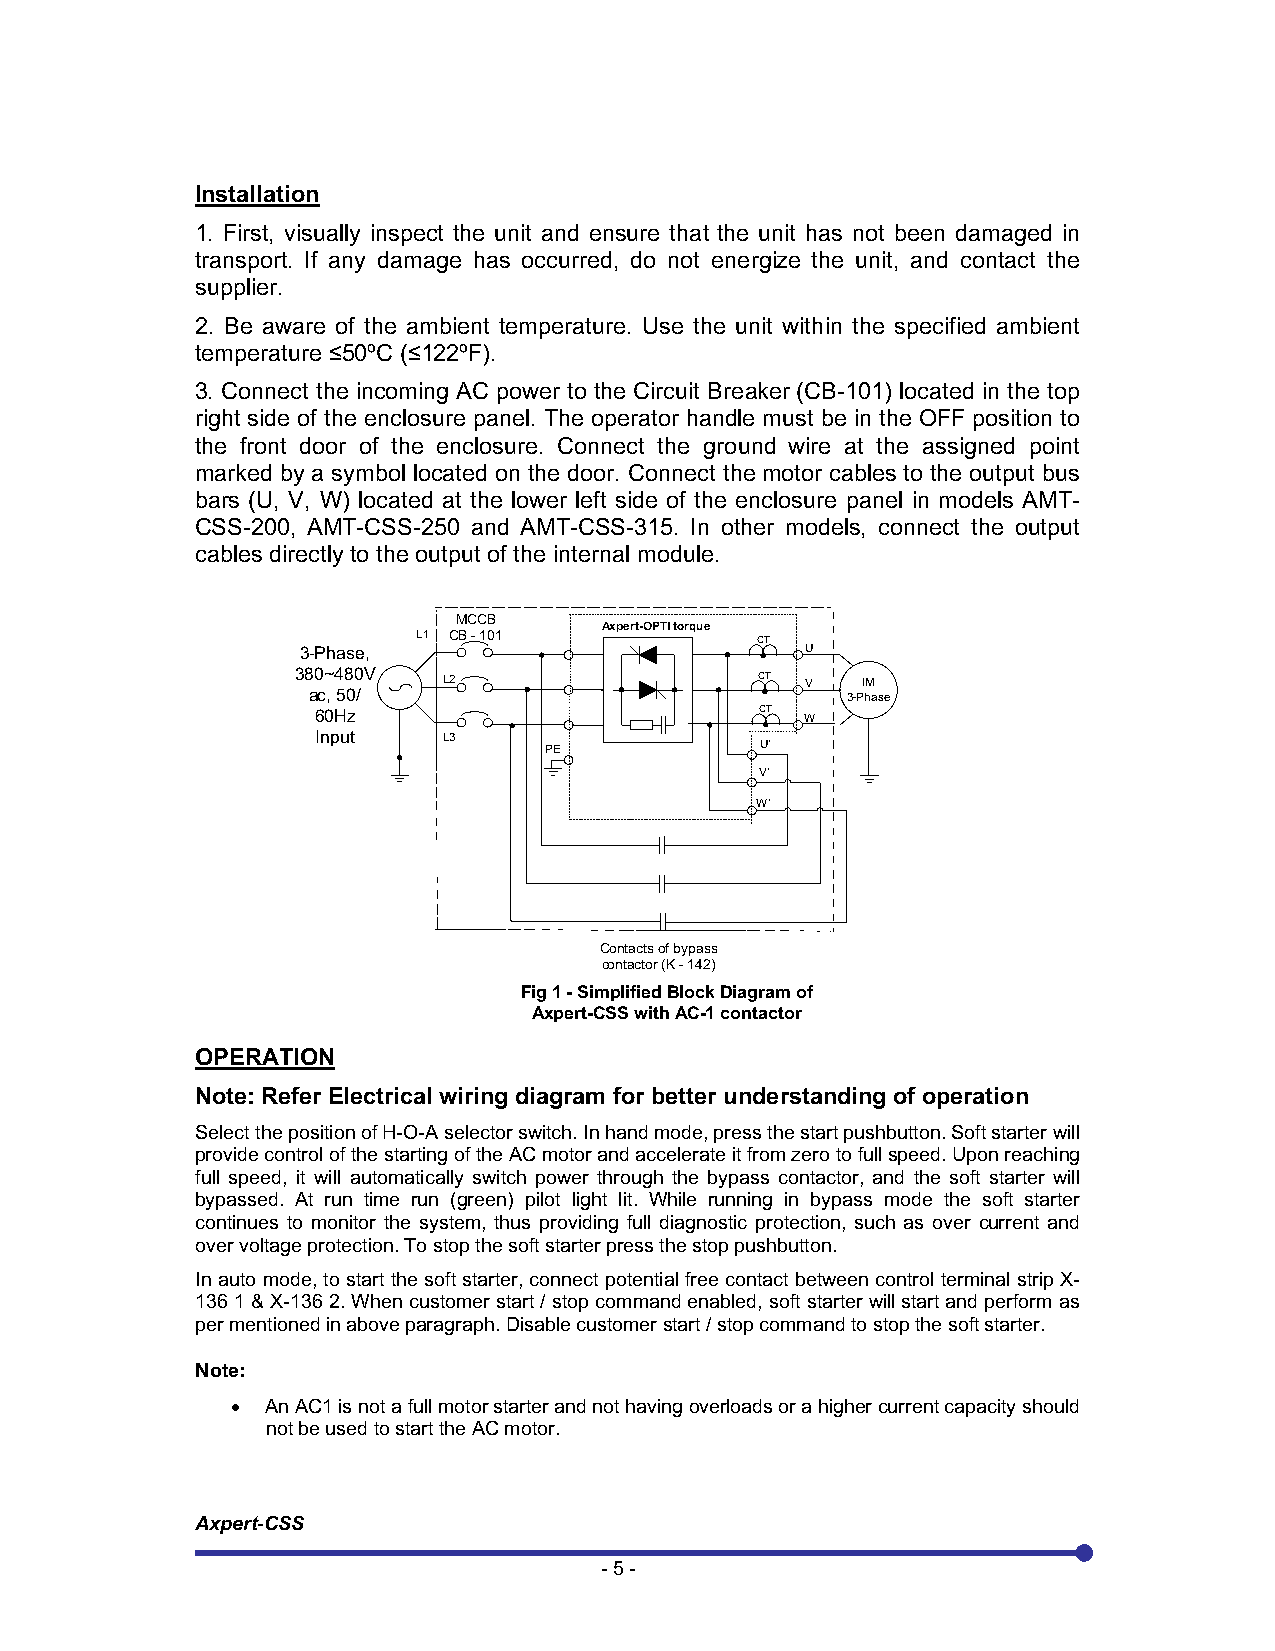
Installation
 1. First, visually inspect the unit and ensure that the unit has not been damaged in
 transport. If any damage has occurred, do not energize the unit, and contact the
 supplier.
 2. Be aware of the ambient temperature. Use the unit within the specified ambient
 temperature 50ºC ( 122ºF).
 3. Connect the incoming AC power to the Circuit Breaker (CB-101) located in the top
 right side of the enclosure panel. The operator handle must be in the OFF position to
 the front door of the enclosure. Connect the ground wire at the assigned point
 marked by a symbol located on the door. Connect the motor cables to the output bus
 bars (U, V, W) located at the lower left side of the enclosure panel in models AMT-
 CSS-200, AMT-CSS-250 and AMT-CSS-315. In other models, connect the output
 cables directly to the output of the internal module.
 MCCB
 Axpert-OPTI torque
 L1 CB - 101           CT
 3-Phase,                         U
 380~480V L2                   CT V   IM
 ac, 50/                             3-Phase
 60Hz                         CT W
 Input   L3
 PE            U'
 V'
 W'
 Contacts of bypass
 contactor (K - 142)
 Fig 1 - Simplified Block Diagram of
 Axpert-CSS with AC-1 contactor
 OPERATION
 Note: Refer Electrical wiring diagram for better understanding of operation
 Select the position of H-O-A selector switch. In hand mode, press the start pushbutton. Soft starter will
 provide control of the starting of the AC motor and accelerate it from zero to full speed. Upon reaching
 full speed, it will automatically switch power through the bypass contactor, and the soft starter will
 bypassed. At run time run (green) pilot light lit. While running in bypass mode the soft starter
 continues to monitor the system, thus providing full diagnostic protection, such as over current and
 over voltage protection. To stop the soft starter press the stop pushbutton.
 In auto mode, to start the soft starter, connect potential free contact between control terminal strip X-
 136 1 & X-136 2. When customer start / stop command enabled, soft starter will start and perform as
 per mentioned in above paragraph. Disable customer start / stop command to stop the soft starter.
 Note:
 An AC1 is not a full motor starter and not having overloads or a higher current capacity should
 not be used to start the AC motor.
 Axpert-CSS
 - 5 -